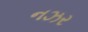
નઝર